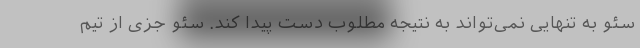
سئو به تنهایی نمی‌تواند به نتیجه مطلوب دست پیدا کند. سئو جزی از تیم